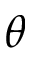
\theta